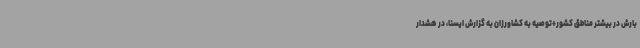
بارش در بیشتر مناطق کشور+توصیه‌ به کشاورزان به گزارش ایسنا، در هشدار